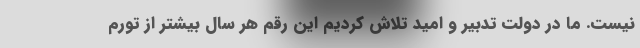
نیست. ما در دولت تدبیر و امید تلاش کردیم این رقم هر سال بیشتر از تورم